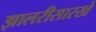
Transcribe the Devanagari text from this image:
झालरीसारखे